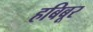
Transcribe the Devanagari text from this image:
हबिबूर